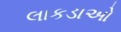
લાકડાઓ